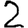
Digit: 2